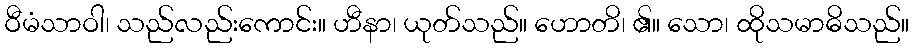
ဝီမံသာဝါ၊ သည်လည်းကောင်း။ ဟီနာ၊ ယုတ်သည်။ ဟောတိ၊ ၏။ သော၊ ထိုသမာဓိသည်။